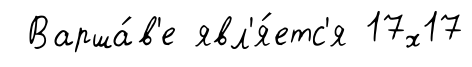
Варша́в'е явл'я́етс'я 17х17